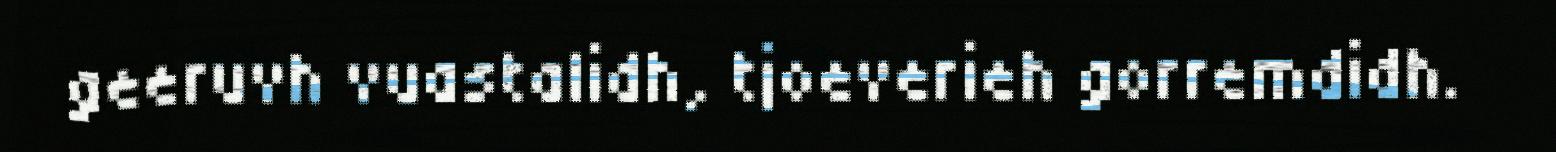
geeruvh vuastalidh, tjoeverieh gorremdidh.